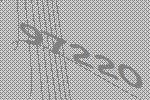
97220